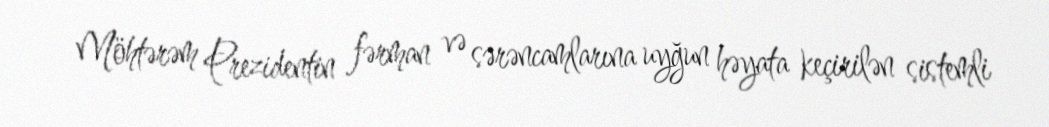
Möhtərəm Prezidentin fərman və sərəncamlarına uyğun həyata keçirilən sistemli